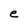
Character: e